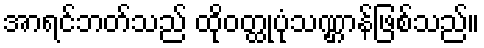
အာရင်ဘတ်သည် ထိုဝတ္ထုပုံသဏ္ဌာန်ဖြစ်သည်။